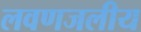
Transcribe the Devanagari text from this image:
लवणजलीय